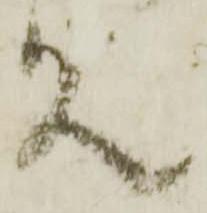
欤